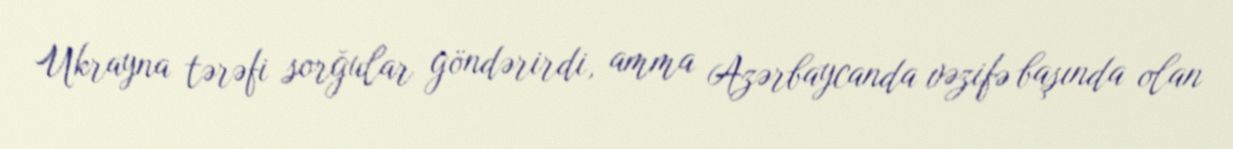
Ukrayna tərəfi sorğular göndərirdi, amma Azərbaycanda vəzifə başında olan